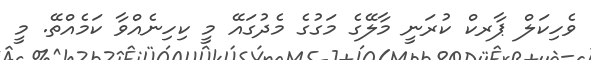
ވެހިކަލް ޕާރކް ކުރަނީ މާލޭގެ މަގުގެ މެދުގައޭ މީ ކިހިނެއްވާ ކަމެއްތޭ. މީ